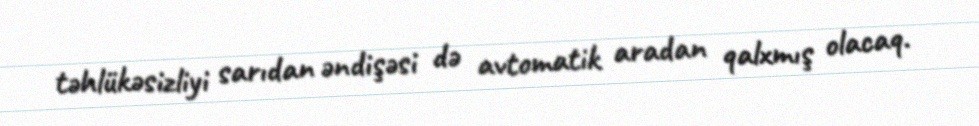
təhlükəsizliyi sarıdan əndişəsi də avtomatik aradan qalxmış olacaq.